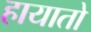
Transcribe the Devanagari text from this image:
हायातो